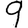
Digit: 9